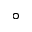
^ \circ